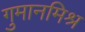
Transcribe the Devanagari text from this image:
गुमानमिश्र